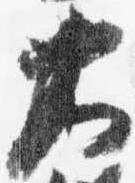
大